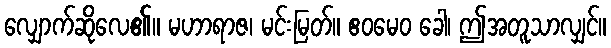
လျှောက်ဆိုလေ၏။ မဟာရာဇ၊ မင်းမြတ်။ ဧဝမေဝ ခေါ၊ ဤအတူသာလျှင်။